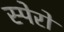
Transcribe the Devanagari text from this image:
स्पेरो